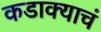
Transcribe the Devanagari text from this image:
कडाक्याचं